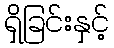
ရှိခြင်းနှင့်